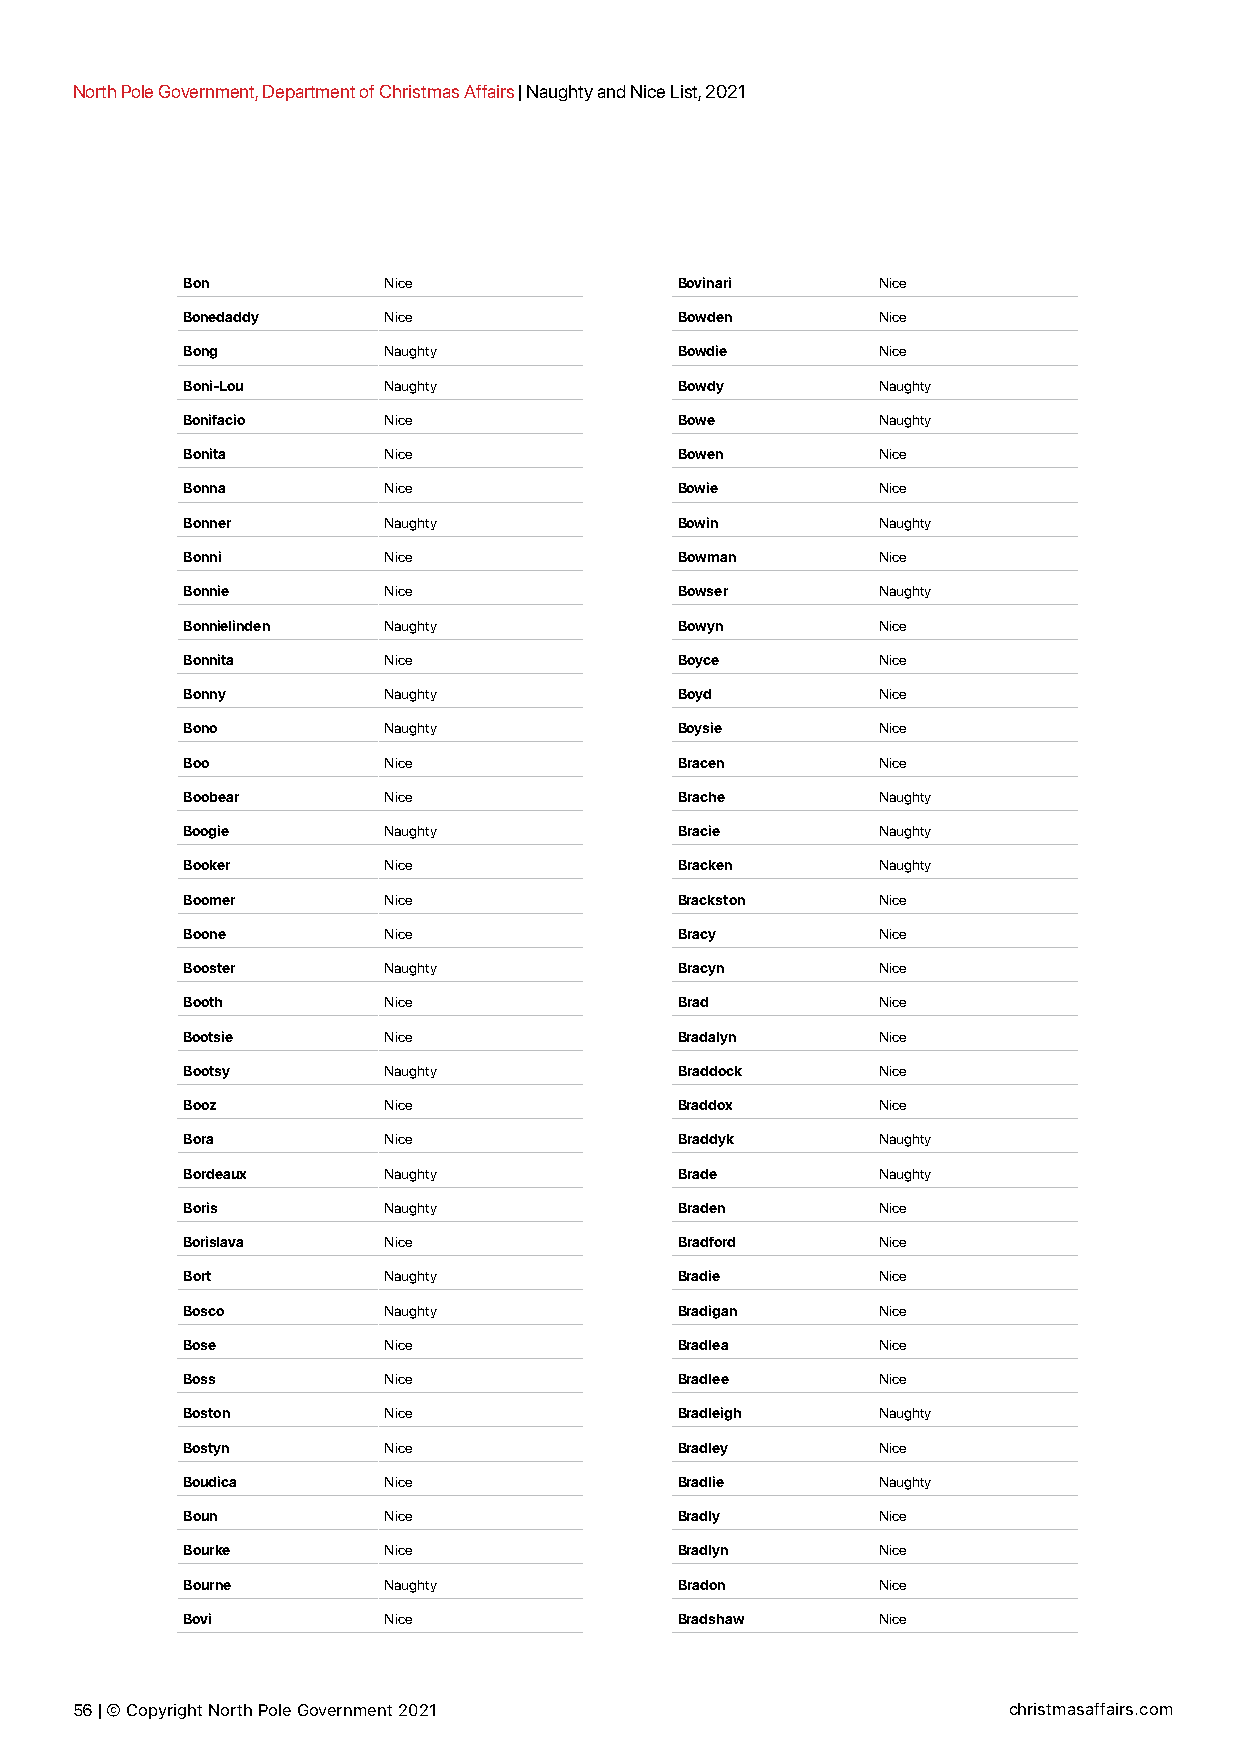
North Pole Government, Department of Christmas Affairs | Naughty and Nice List, 2021
 Bon          Nice                Bovinari     Nice
 Bonedaddy    Nice                Bowden       Nice
 Bong         Naughty             Bowdie       Nice
 Boni-Lou     Naughty             Bowdy        Naughty
 Bonifacio    Nice                Bowe         Naughty
 Bonita       Nice                Bowen        Nice
 Bonna        Nice                Bowie        Nice
 Bonner       Naughty             Bowin        Naughty
 Bonni        Nice                Bowman       Nice
 Bonnie       Nice                Bowser       Naughty
 Bonnielinden Naughty             Bowyn        Nice
 Bonnita      Nice                Boyce        Nice
 Bonny        Naughty             Boyd         Nice
 Bono         Naughty             Boysie       Nice
 Boo          Nice                Bracen       Nice
 Boobear      Nice                Brache       Naughty
 Boogie       Naughty             Bracie       Naughty
 Booker       Nice                Bracken      Naughty
 Boomer       Nice                Brackston    Nice
 Boone        Nice                Bracy        Nice
 Booster      Naughty             Bracyn       Nice
 Booth        Nice                Brad         Nice
 Bootsie      Nice                Bradalyn     Nice
 Bootsy       Naughty             Braddock     Nice
 Booz         Nice                Braddox      Nice
 Bora         Nice                Braddyk      Naughty
 Bordeaux     Naughty             Brade        Naughty
 Boris        Naughty             Braden       Nice
 Borislava    Nice                Bradford     Nice
 Bort         Naughty             Bradie       Nice
 Bosco        Naughty             Bradigan     Nice
 Bose         Nice                Bradlea      Nice
 Boss         Nice                Bradlee      Nice
 Boston       Nice                Bradleigh    Naughty
 Bostyn       Nice                Bradley      Nice
 Boudica      Nice                Bradlie      Naughty
 Boun         Nice                Bradly       Nice
 Bourke       Nice                Bradlyn      Nice
 Bourne       Naughty             Bradon       Nice
 Bovi         Nice                Bradshaw     Nice
 56 | © Copyright North Pole Government 2021                   christmasaffairs.com